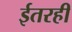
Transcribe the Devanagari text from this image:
ईतरही